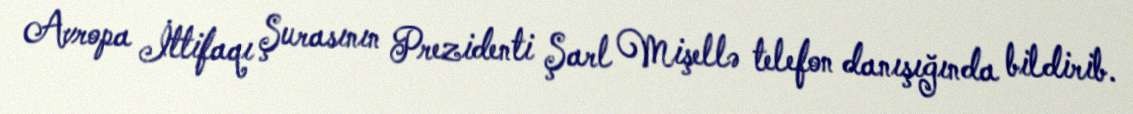
Avropa İttifaqı Şurasının Prezidenti Şarl Mişellə telefon danışığında bildirib.